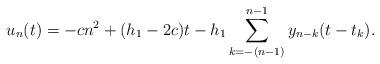
LaTeX: \begin{align*}u_n(t)=-cn^2+(h_1-2c)t-h_1\sum\limits_{k=-(n-1)}^{n-1} y_{n-k}(t-t_k).\end{align*}